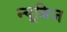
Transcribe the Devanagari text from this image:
न्यूब्रिज